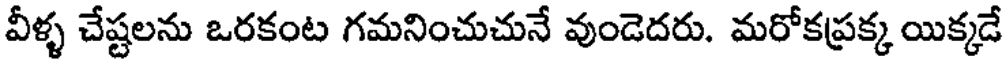
వీళ్ళ చేష్టలను ఒరకంట గమనించుచునే వుండెదరు. మరోకప్రక్క యిక్కడే